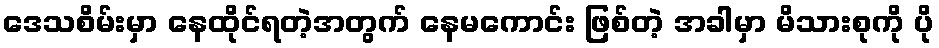
ဒေသစိမ်းမှာ နေထိုင်ရတဲ့အတွက် နေမကောင်း ဖြစ်တဲ့ အခါမှာ မိသားစုကို ပို